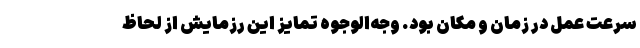
سرعت عمل در زمان و مکان بود. وجه‌الوجوه تمایز این رزمایش از لحاظ